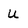
Character: U